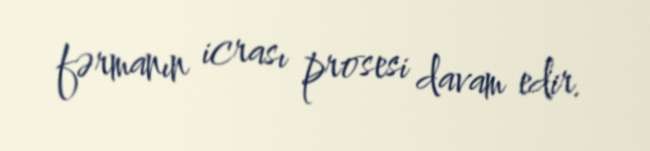
fərmanın icrası prosesi davam edir.